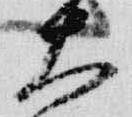
大